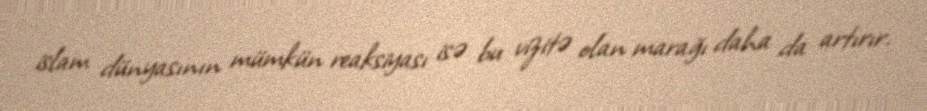
islam dünyasının mümkün reaksiyası isə bu vizitə olan marağı daha da artırır.